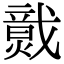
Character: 𤎷